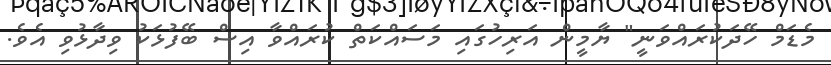
މެޑަމް ހޭދަކުރައްވަނީ" ޔާމީން އަރިހުގައި މަސައްކަތް ކުރައްވާ އިސް ބޭފުޅަކު ވިދާޅުވި އެވެ.